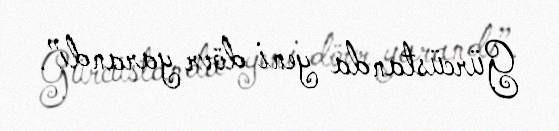
Gürcüstanda yeni dövr yarandı”.